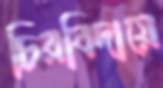
চিরবিদায়ে